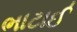
ભાટાઈ